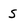
Character: s